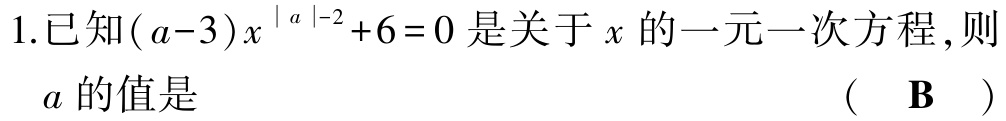
1.已知\((a - 3)x^{|a| - 2}+6 = 0\)是关于\(x\)的一元一次方程,则\(a\)的值是 （ B ）